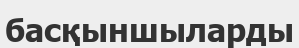
басқыншыларды